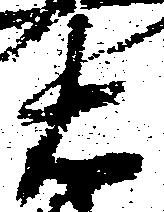
右